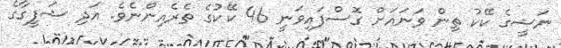
ނަޝީގެ ކޭކު ތިން ވަނައަށް ގޮސްފައިވަނީ 46 ކޭކުގެ ތެރެއިންނެވެ. އަދި ޝަފީގާގެ